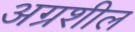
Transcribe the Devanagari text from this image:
अग्रशील